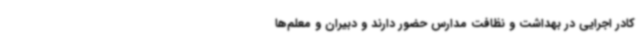
کادر اجرایی در بهداشت و نظافت مدارس حضور دارند و دبیران و معلم‌ها